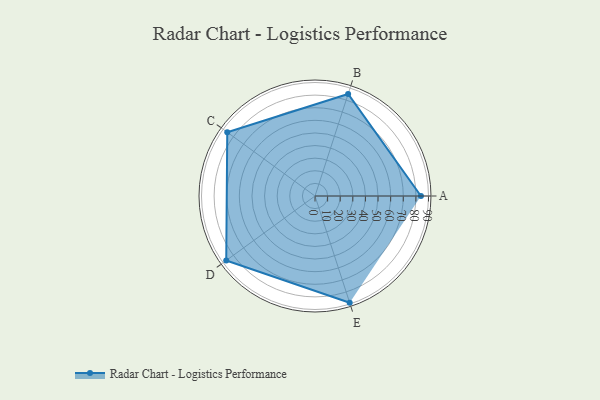
{"axis": {"x": "Skill", "y": "Score"}, "legend": ["Profile"], "data": [{"x": "A", "y": 84.0, "type": "Profile"}, {"x": "B", "y": 85.0, "type": "Profile"}, {"x": "C", "y": 86.0, "type": "Profile"}, {"x": "D", "y": 87.0, "type": "Profile"}, {"x": "E", "y": 89.0, "type": "Profile"}]}